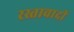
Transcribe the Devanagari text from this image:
रस्तावादी